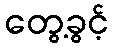
တွေ့ခွင့်